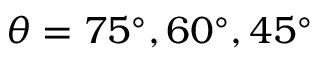
\theta = 7 5 ^ { \circ } , 6 0 ^ { \circ } , 4 5 ^ { \circ }